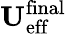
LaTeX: \mathbf{U}_{\mathrm{eff}}^{\mathrm{final}}